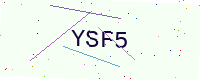
Text: YSF5